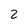
Character: 2